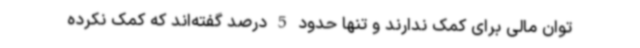
توان مالی برای کمک ندارند و تنها حدود 5 درصد گفته‌اند که کمک نکرده